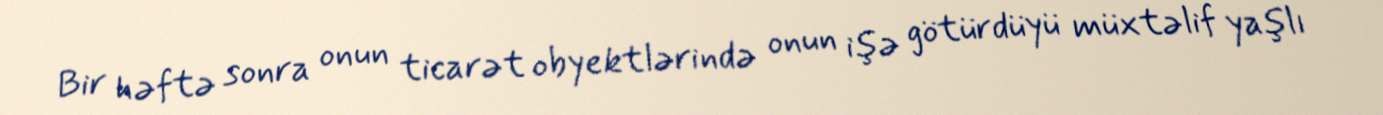
Bir həftə sonra onun ticarət obyektlərində onun işə götürdüyü müxtəlif yaşlı